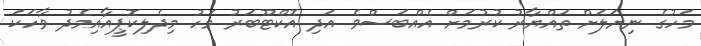
މަހުގެ ނިޔަލަށް ތައްޔާރު ކުރުމަށް އެއްބަސްވެ އަދި އޮކްޓޫބަރު މަހު މިދެލިކޮޕީއާއިމެދު ވާހަކަ